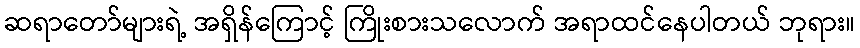
ဆရာတော်များရဲ့ အရှိန်ကြောင့် ကြိုးစားသလောက် အရာထင်နေပါတယ် ဘုရား။